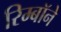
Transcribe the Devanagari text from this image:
रिम्बॉने